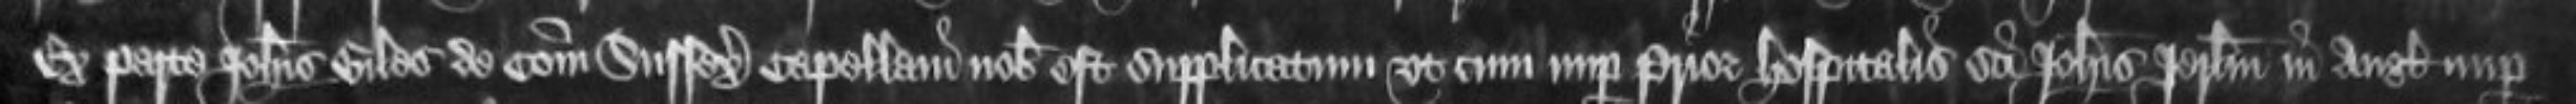
Ex parte Johannis Giles de comitatu Sussex Capellani nobis est supplicatum ut cum nuper Prior hospitalis Sancti Johannis Jerusalem in Anglia nuper